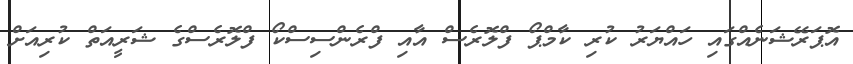
އޮޕަރޭޝަނެއްގައި ހައްޔަރު ކުރި ކާމްޕޯ ފްލޮރެސް އާއި ފްރެންސިސްކޯ ފްލޮރެސްގެ ޝަރީއަތް ކުރިއަށް